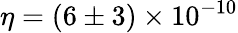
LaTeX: \eta=\left(6\pm 3\right)\times 10^{-10}